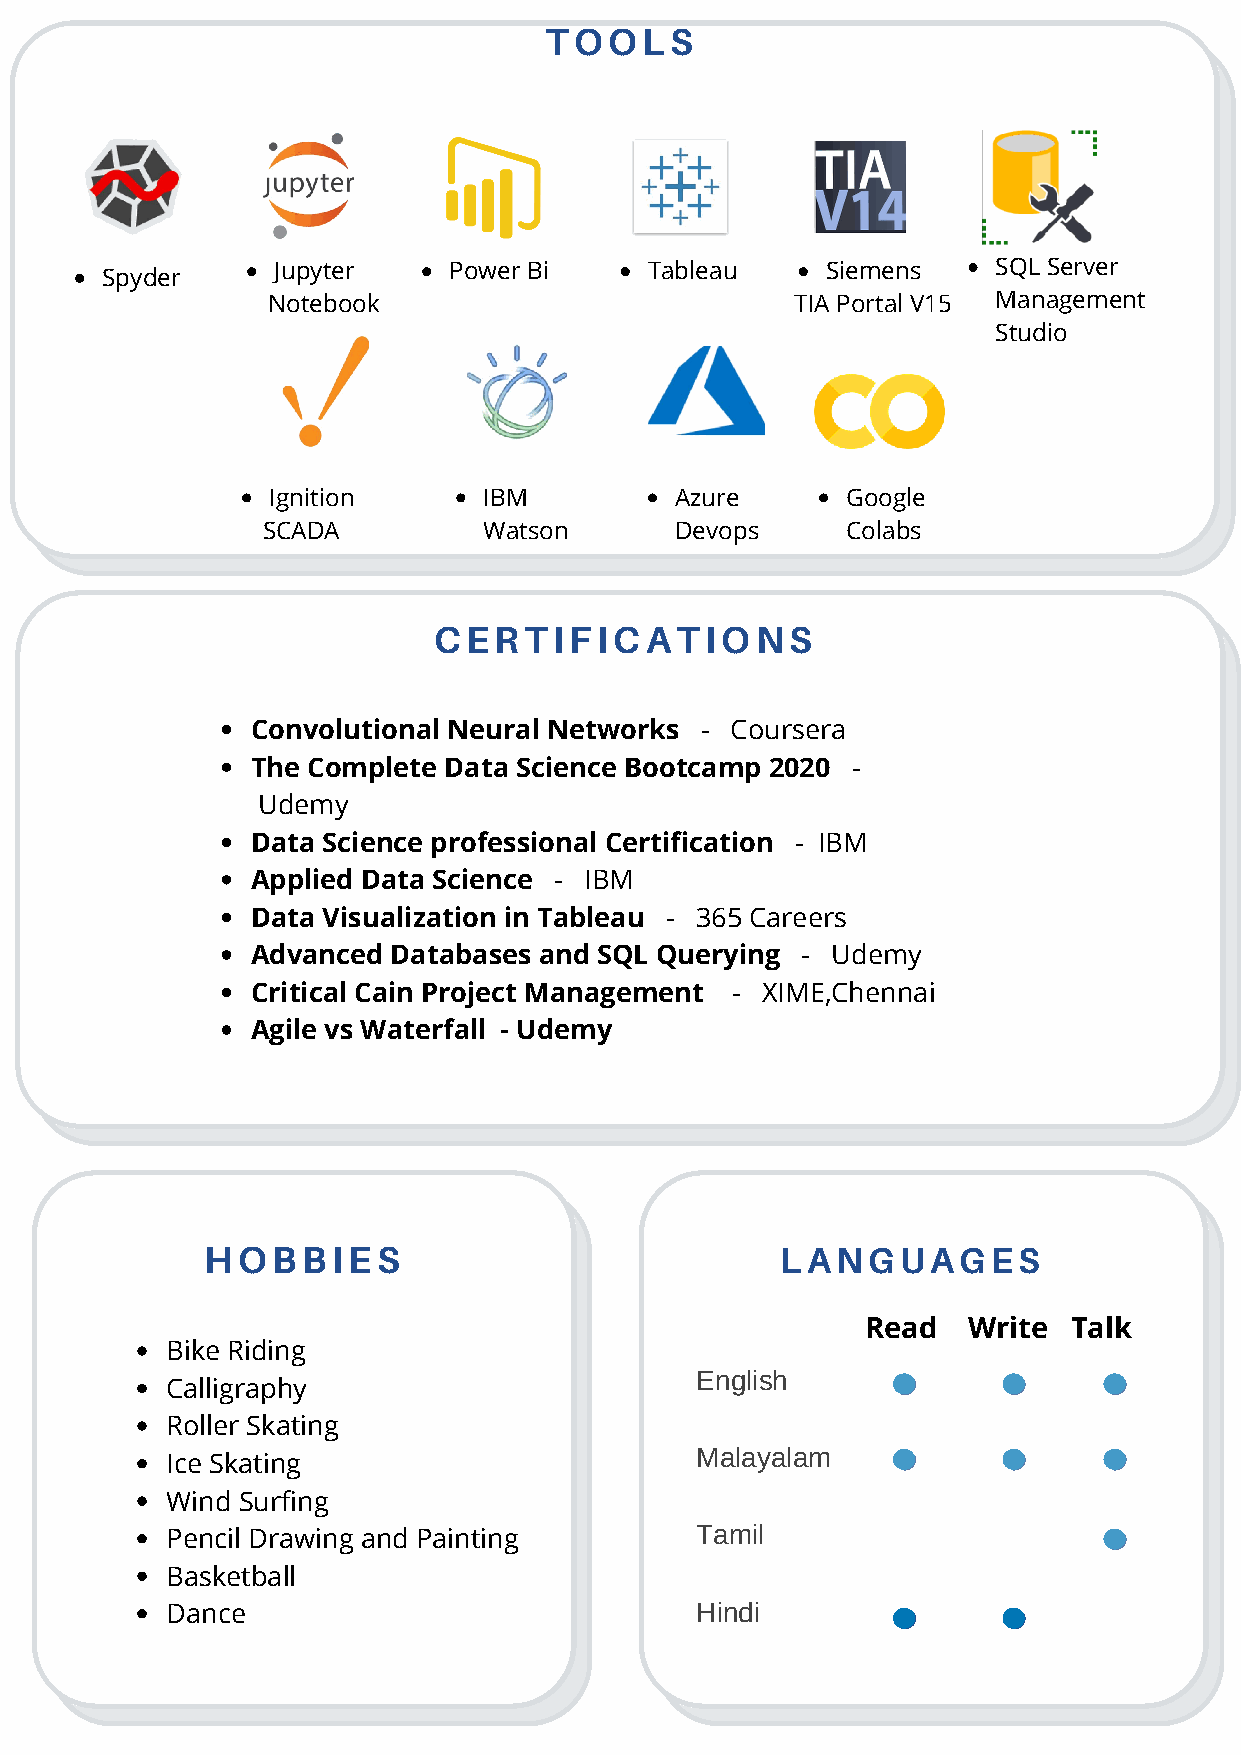
TOOLS
 Jupyter     Power Bi     Tableau     Siemens    SQL Server
 Spyder
 Notebook                           TIA Portal V15 Management
 Studio
 Ignition      IBM          Azure      Google
 SCADA          Watson       Devops     Colabs
 CERTIFICATIONS
 Convolutional Neural Networks - Coursera
 The Complete Data Science Bootcamp 2020 -
 Udemy
 Data Science professional Certification - IBM
 Applied Data Science - IBM
 Data Visualization in Tableau - 365 Careers
 Advanced Databases and SQL Querying - Udemy
 Critical Cain Project Management - XIME,Chennai
 Agile vs Waterfall - Udemy
 HOBBIES                               LANGUAGES
 Read   Write  Talk
 Bike Riding
 English
 Calligraphy
 Roller Skating
 Malayalam
 Ice Skating
 Wind Surfing
 Tamil
 Pencil Drawing and Painting
 Basketball
 Dance                              Hindi